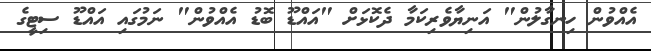
އެއްވުން ހިނގާލުން" އަނިޔާވެރިކަމާ ދެކޮޅަށް "އައްޑޫ ބޮޑު އެއްވުން" ނަމުގައި އައްޑޫ ސިޓީގެ